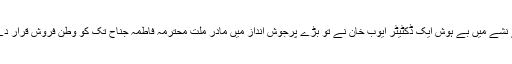
اقتدار کے نشے میں بے ہوش ایک ڈکٹیٹر ایوب خان نے تو بڑے پُرجوش انداز میں مادرِ ملت محترمہ فاطمہ جناح تک کو وطن فروش قرار دے ڈالا تھا۔